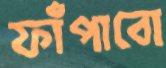
ফাঁপাবো